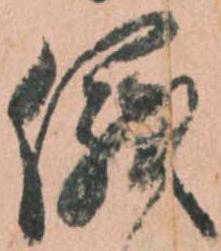
儀